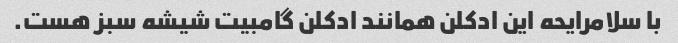
با سلامرایحه این ادکلن همانند ادکلن گامبیت شیشه سبز هست.